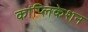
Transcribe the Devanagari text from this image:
कांप्लिकेशन